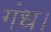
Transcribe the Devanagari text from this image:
गंध।